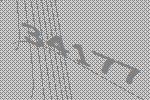
34177